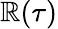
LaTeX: \mathbb{R}(\tau)